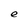
Character: e